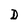
Character: D